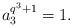
LaTeX: \begin{align*}a_3^{q^3+1}=1.\end{align*}